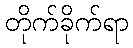
တိုက်ခိုက်ရာ